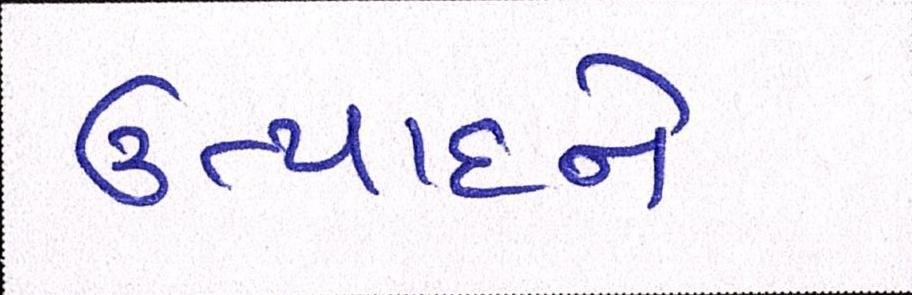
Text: ઉત્પાદને